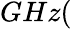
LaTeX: GHz(